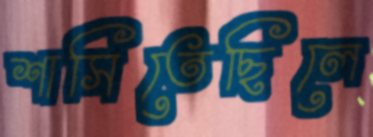
শাসিতেছিলে